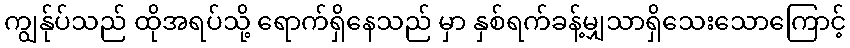
ကျွန်ုပ်သည် ထိုအရပ်သို့ ရောက်ရှိနေသည် မှာ နှစ်ရက်ခန့်မျှသာရှိသေးသောကြောင့်